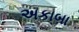
અકાબા